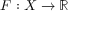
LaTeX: F : X \to \mathbb { R }